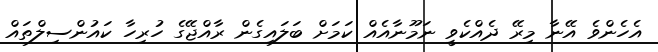
އެހެންވެ އޭނާ މިރޭ ދެއްކެވީ ނަމޫނާއެއް ކަމަށް ބަލައިގެން ރާއްޖޭގެ ހުރިހާ ކައުންސިލްތައް